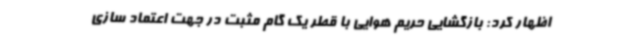
اظهار کرد: بازگشایی حریم هوایی با قطر یک گام مثبت در جهت اعتماد سازی